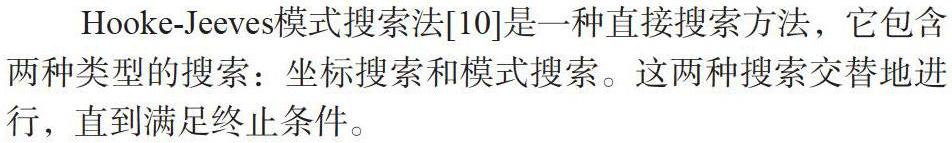
Hooke-Jeeves模式搜索法[10]是一种直接搜索方法，它包含两种类型的搜索：坐标搜索和模式搜索。这两种搜索交替地进行，直到满足终止条件。